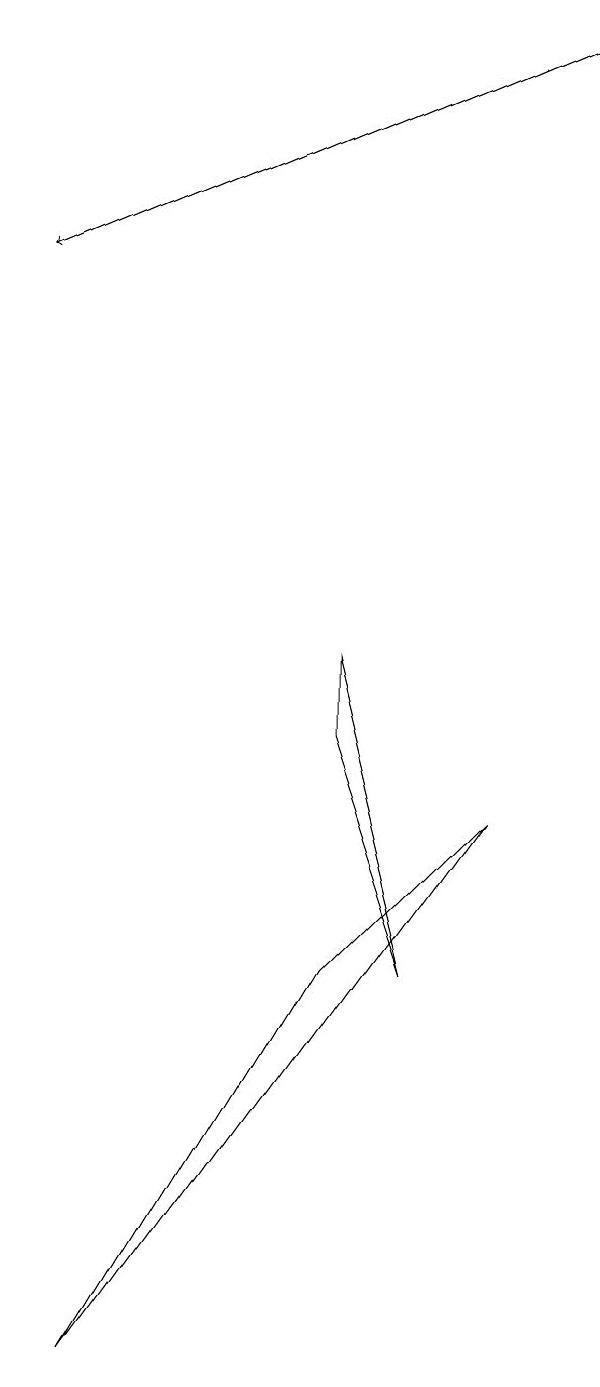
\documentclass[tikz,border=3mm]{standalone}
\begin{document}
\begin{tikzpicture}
\draw (3,0) -- (8,7) -- (6,5) -- cycle;
\draw (6,9) -- (7,5) -- (6,8) -- cycle;
\draw[->] (9,17) -- (2,14);
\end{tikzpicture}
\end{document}